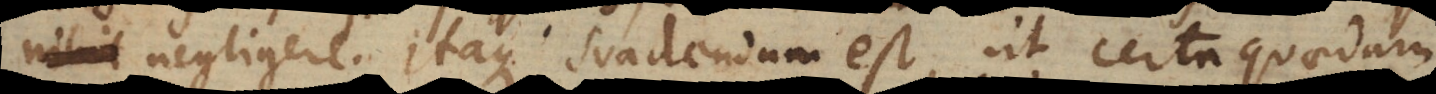
inimum negligere. Itaque suadendum est, ut certa quaedam